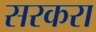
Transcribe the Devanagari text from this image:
सरकरा